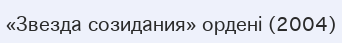
«Звезда созидания» ордені (2004)